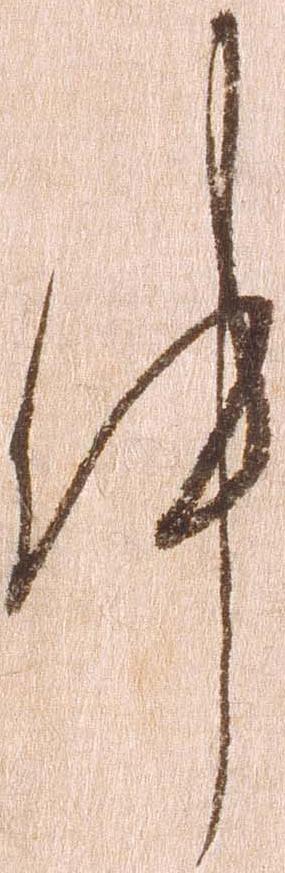
件